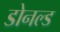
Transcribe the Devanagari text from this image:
डोनल्‍ड